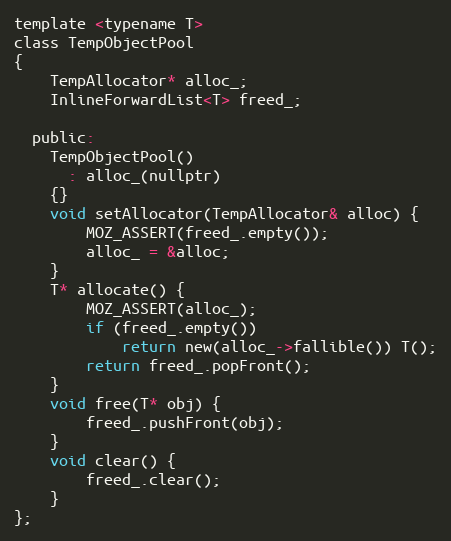
Language: C
template <typename T>
class TempObjectPool
{
    TempAllocator* alloc_;
    InlineForwardList<T> freed_;

  public:
    TempObjectPool()
      : alloc_(nullptr)
    {}
    void setAllocator(TempAllocator& alloc) {
        MOZ_ASSERT(freed_.empty());
        alloc_ = &alloc;
    }
    T* allocate() {
        MOZ_ASSERT(alloc_);
        if (freed_.empty())
            return new(alloc_->fallible()) T();
        return freed_.popFront();
    }
    void free(T* obj) {
        freed_.pushFront(obj);
    }
    void clear() {
        freed_.clear();
    }
};